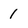
Character: 1